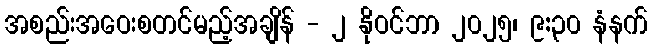
အစည်းအဝေးစတင်မည့်အချိန် - ၂ နိုဝင်ဘာ ၂၀၂၅၊ ၉:၃၀ နံနက်